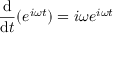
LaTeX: { \frac { \mathrm { d } } { \mathrm { d } t } } ( e ^ { i \omega t } ) = i \omega e ^ { i \omega t }